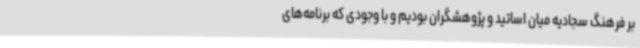
بر فرهنگ سجادیه میان اساتید و پژوهشگران بودیم و با وجودی که برنامه‌های